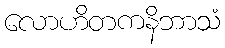
လောဟိတကနိဘာသံ